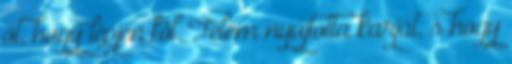
őt, hogy lépjen föl. Felém nyújtotta karját, s hogy